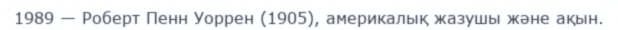
1989 — Роберт Пенн Уоррен (1905), америкалық жазушы және ақын.